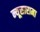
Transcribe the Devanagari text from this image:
न्यूसारामा